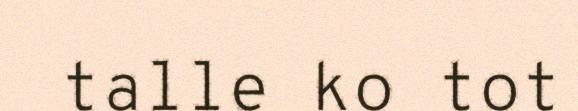
talle ko tot